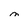
Character: M